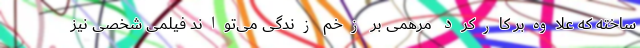
ساخته که علاوه‌بر کارکرد مرهمی بر زخم زندگی می‌تواند فیلمی‌ شخصی نیز